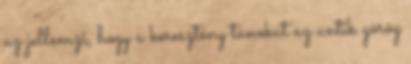
az jellemzi, hogy a keresztény tanokat az antik görög